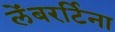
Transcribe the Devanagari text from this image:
लेंबरर्टिना